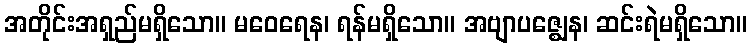
အတိုင်းအရှည်မရှိသော။ မဝေရေန၊ ရန်မရှိသော။ အဗျာပဇ္ဈေန၊ ဆင်းရဲမရှိသော။